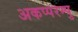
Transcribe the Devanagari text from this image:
अकप्परम्पु